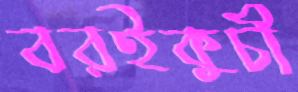
বরইকুচী